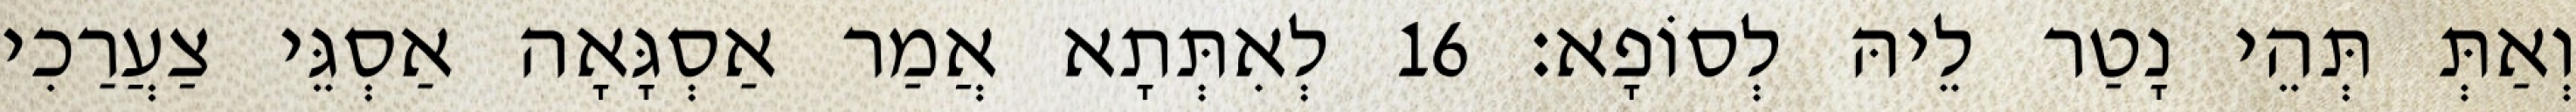
וְאַתְּ תְּהֵי נָטַר לֵיהּ לְסוֹפָא׃ 16 לְאִתְּתָא אֲמַר אַסְגָּאָה אַסְגֵּי צַעֲרַכִי